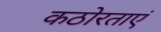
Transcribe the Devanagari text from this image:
कठोरताएं